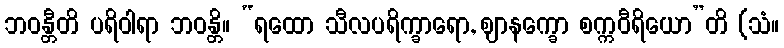
ဘဝန္တီတိ ပရိဝါရာ ဘဝန္တိ။ “ရထော သီလပရိက္ခာရော, ဈာနက္ခော စက္ကဝီရိယော”တိ (သံ။